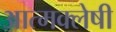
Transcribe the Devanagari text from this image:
आत्मक्लेषी